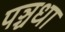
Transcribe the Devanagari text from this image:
पञ्चधा